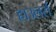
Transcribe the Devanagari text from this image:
हाउलर्स